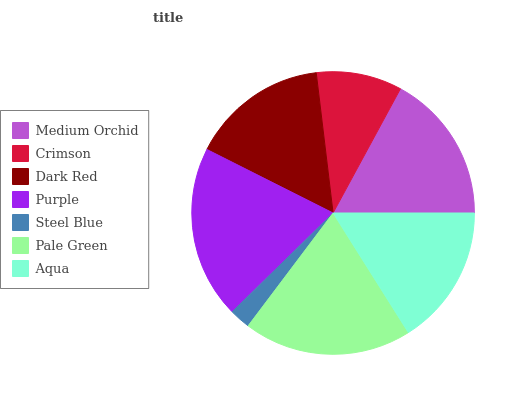
| Medium Orchid | Crimson | Dark Red | Purple | Steel Blue | Pale Green | Aqua |
 | --- | --- | --- | --- | --- | --- | --- |
 | 17% | 9.81% | 15.7% | 19.7% | 2.4% | 19.3% | 16.1% |